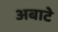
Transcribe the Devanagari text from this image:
अबाटे